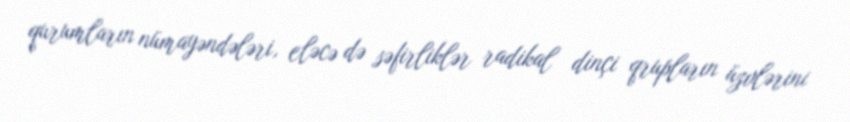
qurumların nümayəndələri, eləcə də səfirliklər radikal dinçi qrupların üzvlərini